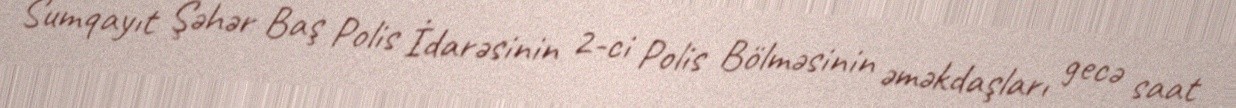
Sumqayıt Şəhər Baş Polis İdarəsinin 2-ci Polis Bölməsinin əməkdaşları gecə saat